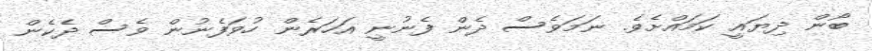
ބޯން ދިޔައީ ކަމައްށެވެ. ނަމަވެސް ދެން ފެނުނީ އަހަރެން ހުވަފެނުން ވެސް ދެކެން